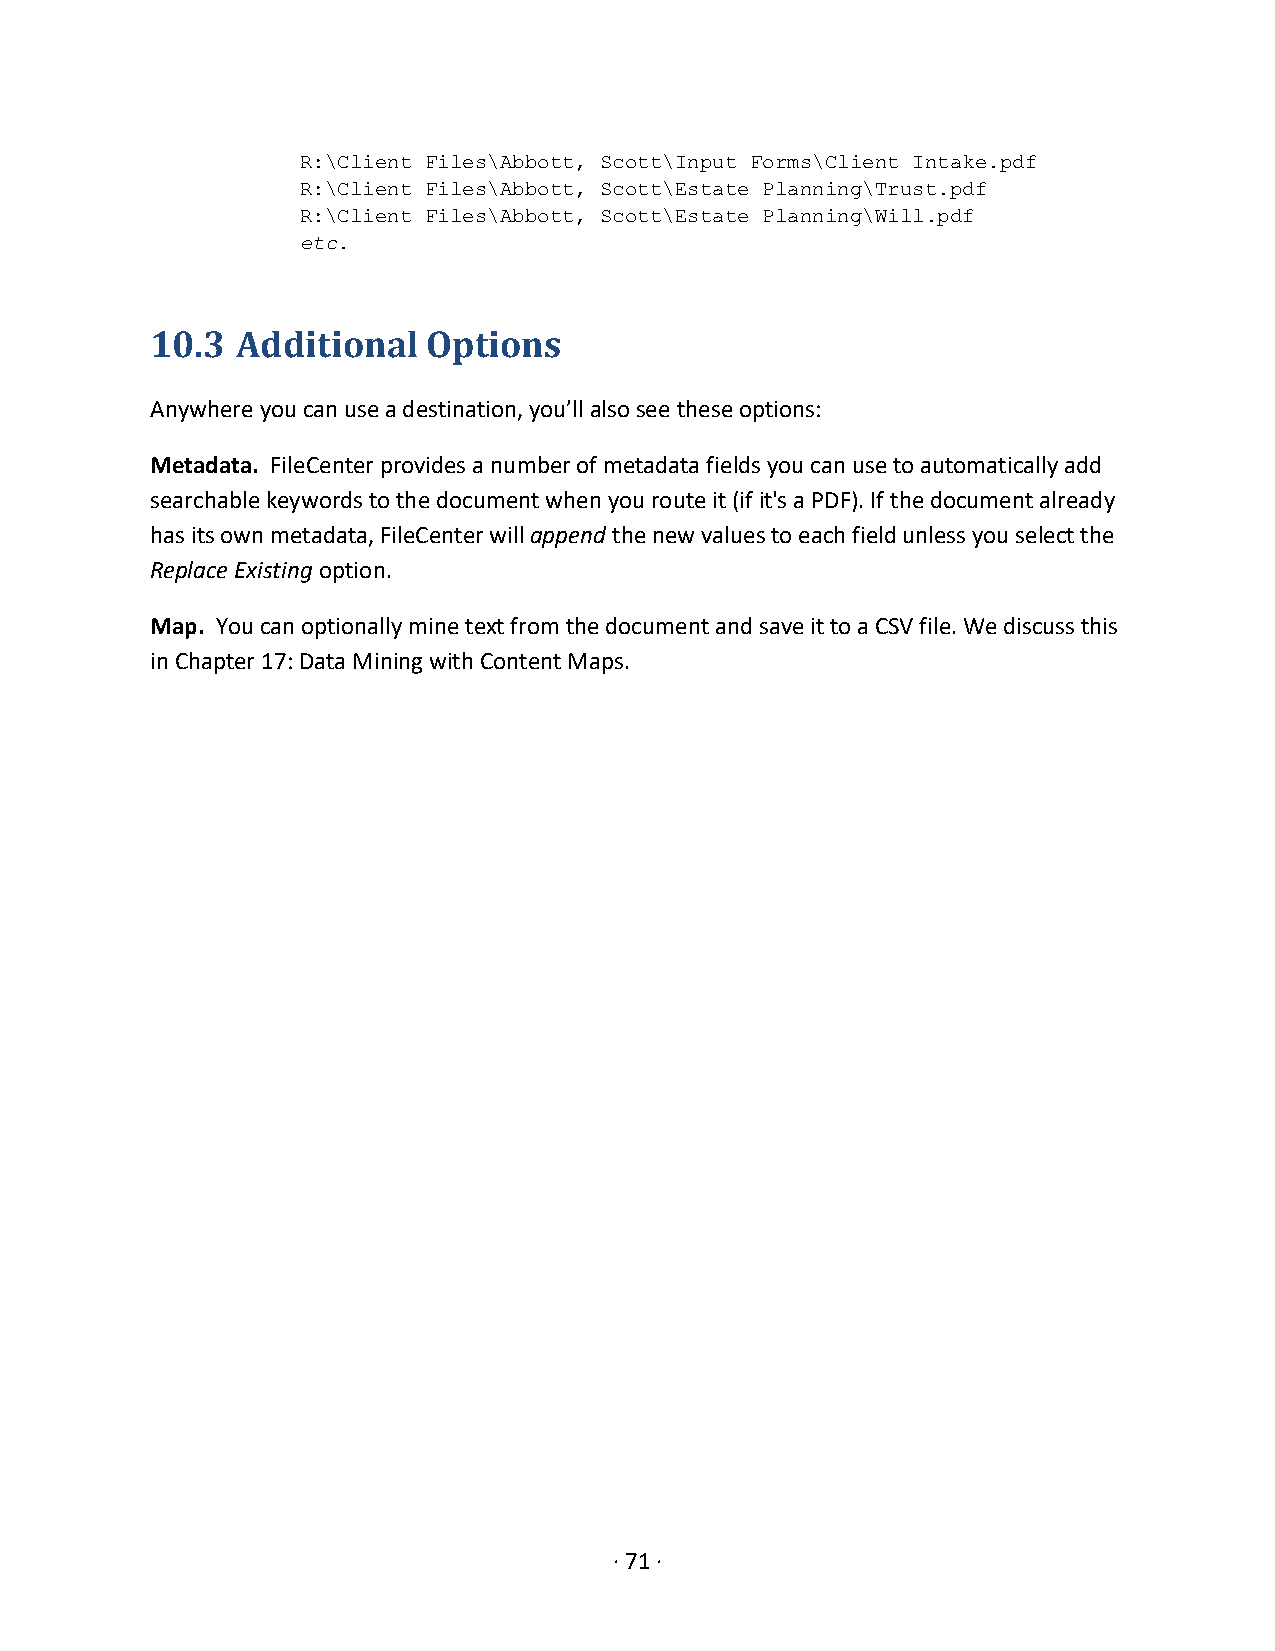
R:\Client Files\Abbott, Scott\Input Forms\Client Intake.pdf
 R:\Client Files\Abbott, Scott\Estate Planning\Trust.pdf
 R:\Client Files\Abbott, Scott\Estate Planning\Will.pdf
 etc
 .
 10.3  Additional  Options
 Anywhere you can use a destination, you’ll also see these options:
 Metadata. FileCenter provides a number of metadata fields you can use to automatically add
 searchable keywords to the document when you route it (if it's a PDF). If the document already
 has its own metadata, FileCenter will append the new values to each field unless you select the
 Replace Existing option.
 Map. You can optionally mine text from the document and save it to a CSV file. We discuss this
 in Chapter 17: Data Mining with Content Maps.
 · 71 ·